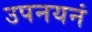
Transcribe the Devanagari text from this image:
उपनयनं